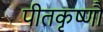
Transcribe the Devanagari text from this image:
पीतकृष्णौ